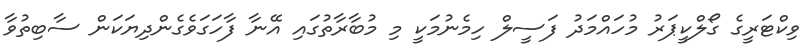
ވިކްޓަރީގެ ގޯލްކީޕަރު މުހައްމަދު ފަސީލް ހިމެނުމަކީ މި މުބާރާތުގައި އޭނާ ފާހަގަވެގެންދިޔަކަން ސާބިތުވާ